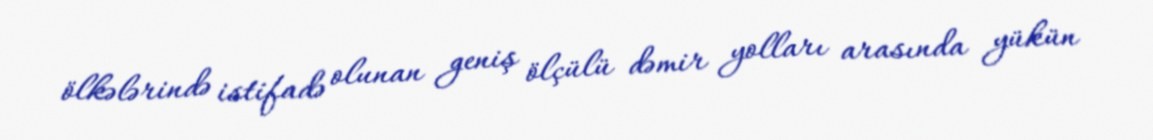
ölkələrində istifadə olunan geniş ölçülü dəmir yolları arasında yükün